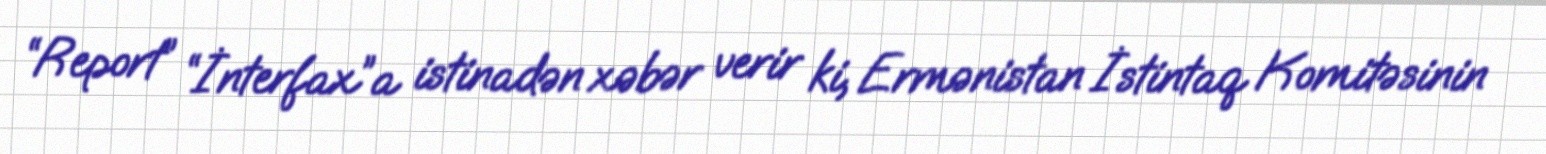
“Report” “İnterfax”a istinadən xəbər verir ki, Ermənistan İstintaq Komitəsinin